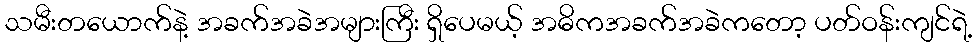
သမီးတယောက်နဲ့ အခက်အခဲအများကြီး ရှိပေမယ့် အဓိကအခက်အခဲကတော့ ပတ်ဝန်းကျင်ရဲ့